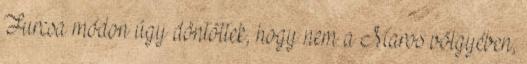
Furcsa módon úgy döntöttek, hogy nem a Maros völgyében,